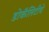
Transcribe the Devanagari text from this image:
डोकॅलिटीचे